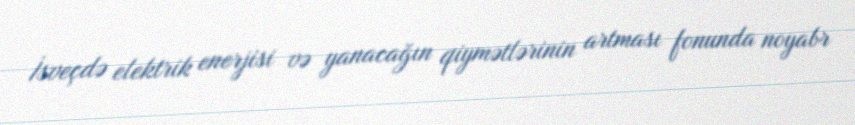
İsveçdə elektrik enerjisi və yanacağın qiymətlərinin artması fonunda noyabr